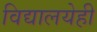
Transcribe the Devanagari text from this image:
विद्यालयेही